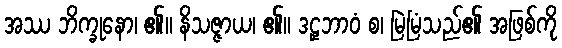
အဿ ဘိက္ခုနော၊ ၏။ နိသဇ္ဇာယ၊ ၏။ ဒဠှဘာဝံ စ၊ မြဲမြံသည်၏ အဖြစ်ကို